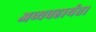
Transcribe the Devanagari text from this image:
अव्यवहार्यता